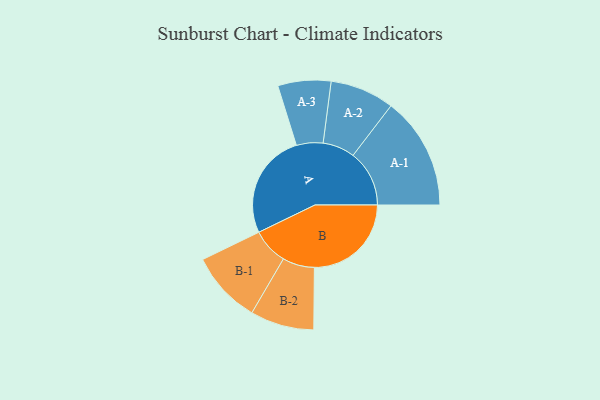
{"axis": {"x": "Segment", "y": "Value"}, "legend": ["", "A", "B"], "data": [{"x": "A", "y": 493, "type": ""}, {"x": "B", "y": 453, "type": ""}, {"x": "A-1", "y": 263, "type": "A"}, {"x": "A-2", "y": 150, "type": "A"}, {"x": "A-3", "y": 124, "type": "A"}, {"x": "B-1", "y": 169, "type": "B"}, {"x": "B-2", "y": 149, "type": "B"}]}